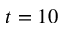
t = 1 0